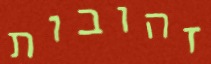
זהובות